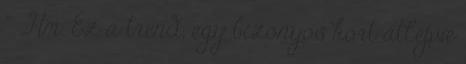
” „Hm. Ez a trend, egy bizonyos kort átlépve